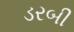
ડરબી